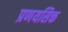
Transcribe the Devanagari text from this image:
प्रणयसिक्त